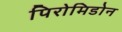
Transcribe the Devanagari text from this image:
पिरोमिडोन